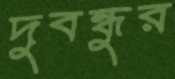
দুবন্ধুর